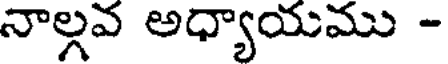
నాల్గవ అధ్యాయము -